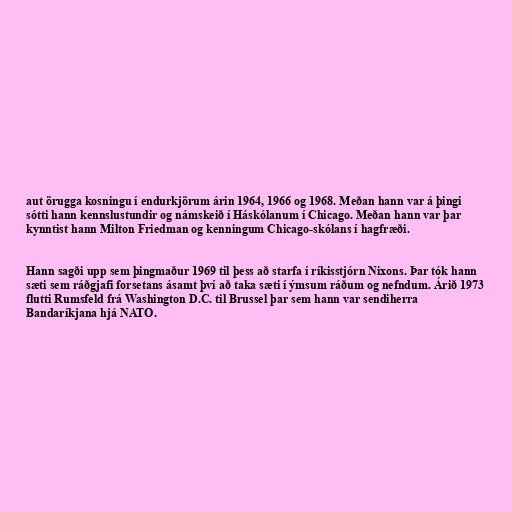
aut örugga kosningu í endurkjörum árin 1964, 1966 og 1968. Meðan hann var á þingi
sótti hann kennslustundir og námskeið í Háskólanum í Chicago. Meðan hann var þar
kynntist hann Milton Friedman og kenningum Chicago-skólans í hagfræði.

Hann sagði upp sem þingmaður 1969 til þess að starfa í ríkisstjórn Nixons. Þar tók hann
sæti sem ráðgjafi forsetans ásamt því að taka sæti í ýmsum ráðum og nefndum. Árið 1973
flutti Rumsfeld frá Washington D.C. til Brussel þar sem hann var sendiherra
Bandaríkjana hjá NATO.